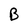
Character: B